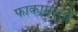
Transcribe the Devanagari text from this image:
फाकामस्तों